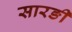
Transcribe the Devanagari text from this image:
सारङी